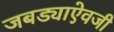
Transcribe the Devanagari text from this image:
जबड्याऐवजी